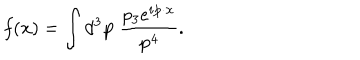
f ( { \bf x } ) = \int d ^ { 3 } { \bf p } ~ \frac { p _ { 3 } e ^ { i { \bf p } \cdot { \bf x } } } { { \bf p } ^ { 4 } } .